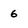
Character: 6